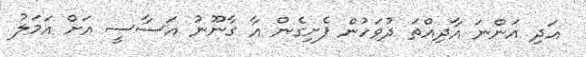
އަދި އަންނަ އާދިއްތަ ދުވަހުން ފެށިގެން އާ ގާނޫނު އަސާސީ އަށް އަމަލު